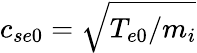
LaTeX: c_{se0}=\sqrt{T_{e0}/m_{i}}